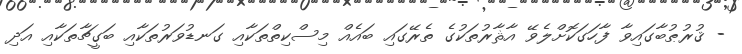
- ޤުރުޠުބާގައިވާ ފާހަގަކޮށްލެވޭ އާޘާރުތަކުގެ ތެރޭގައި ބައެއް މިސްކިތްތަކާއި ގަނޑުވަރުތަކާއި ބަގީޗާތަކާއި އަދި